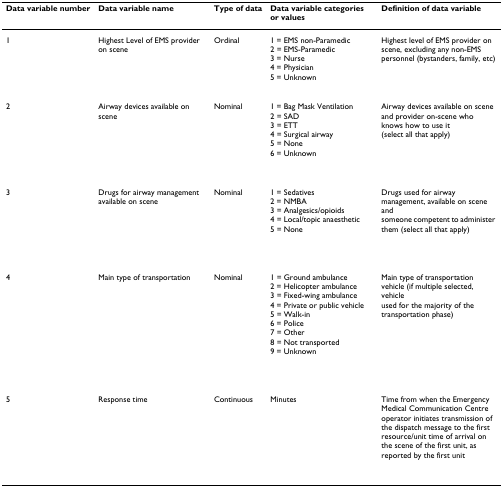
<table><thead><tr><td><b>Data variable number</b></td><td><b>Data variable name</b></td><td><b>Type of data</b></td><td><b>Data variable categories or values</b></td><td><b>Definition of data variable</b></td></tr></thead><tbody><tr><td>1</td><td>Highest Level of EMS provider on scene</td><td>Ordinal</td><td>1 = EMS non-Paramedic2 = EMS-Paramedic3 = Nurse4 = Physician5 = Unknown</td><td>Highest level of EMS provider on scene, excluding any non-EMSpersonnel (bystanders, family, etc)</td></tr><tr><td>2</td><td>Airway devices available on scene</td><td>Nominal</td><td>1 = Bag Mask Ventilation2 = SAD3 = ETT4 = Surgical airway5 = None6 = Unknown</td><td>Airway devices available on scene and provider on-scene whoknows how to use it (select all that apply)</td></tr><tr><td>3</td><td>Drugs for airway management available on scene</td><td>Nominal</td><td>1 = Sedatives2 = NMBA3 = Analgesics/opioids4 = Local/topic anaesthetic5 = None</td><td>Drugs used for airway management, available on scene andsomeone competent to administer them (select all that apply)</td></tr><tr><td>4</td><td>Main type of transportation</td><td>Nominal</td><td>1 = Ground ambulance2 = Helicopter ambulance3 = Fixed-wing ambulance4 = Private or public vehicle5 = Walk-in6 = Police7 = Other8 = Not transported9 = Unknown</td><td>Main type of transportation vehicle (if multiple selected, vehicleused for the majority of the transportation phase)</td></tr><tr><td>5</td><td>Response time</td><td>Continuous</td><td>Minutes</td><td>Time from when the Emergency Medical Communication Centreoperator initiates transmission of the dispatch message to the firstresource/unit time of arrival on the scene of the first unit, asreported by the first unit</td></tr></tbody></table>